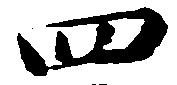
四